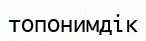
топонимдік